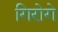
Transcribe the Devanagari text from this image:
गिरोगे